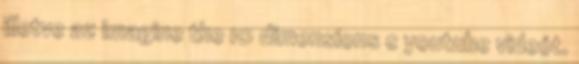
illetve az imagine the 10 dimensions c youtube videót.